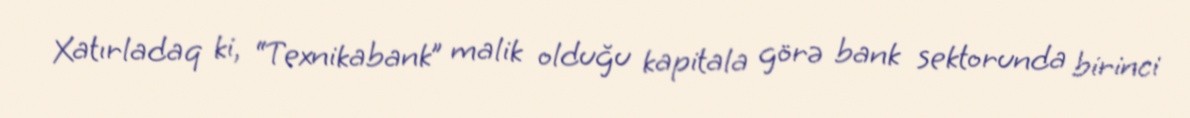
Xatırladaq ki, “Texnikabank” malik olduğu kapitala görə bank sektorunda birinci